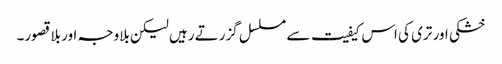
خشکی اور تری کی اس کیفیت سے مسلسل گزرتے رہیں لیکن بلاوجہ اور بلا قصور۔